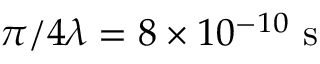
\pi / 4 \lambda = 8 \times 1 0 ^ { - 1 0 } ~ \mathrm { s }